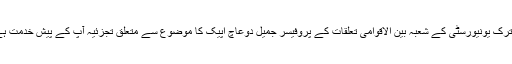
اتاترک یونیورسٹی کے شعبہ بین الاقوامی تعلقات کے پروفیسر جمیل دوعاچ اپیک کا موضوع سے متعلق تجزئیہ آپ کے پیش خدمت ہے۔